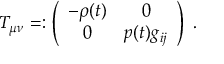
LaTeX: T _ { \mu \nu } = : \left( \begin{array} { c c } { { - \rho ( t ) } } & { { 0 } } \\ { { 0 } } & { { p ( t ) g _ { i j } } } \end{array} \right) \; .